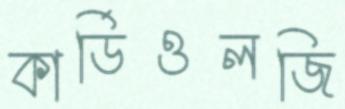
কার্ডিওলজি